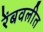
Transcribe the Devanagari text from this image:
रेंबवलीत